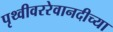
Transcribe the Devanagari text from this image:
पृथ्वीवररेवानदीच्या